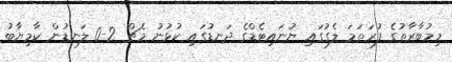
މިމުބާރާތުގެ ފުރަތަމަ ލެގުގައި ޔުނައިޓެޑްގެ ދަނޑުގައި ކުޅުނު މެޗް 2-0 ލަނޑުން ކާމިޔާބު